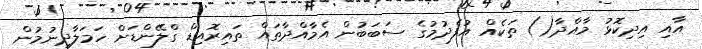
އާއި އިދިކޮޅު މާއްދާ() ތަކެއް އުފެދުމުގެ ސަބަބުން އެމާއްދާތައް ތައިރޮއިޑް ގްލޭންޑަށް ހަމަލާދިނުމުން